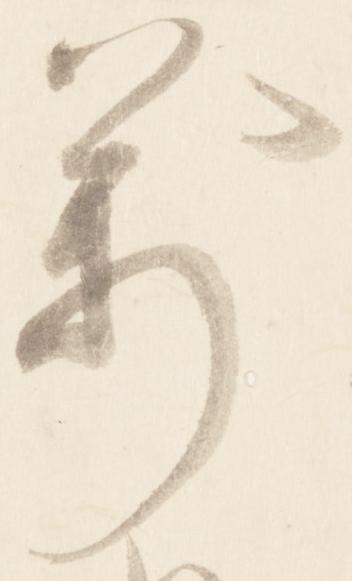
万